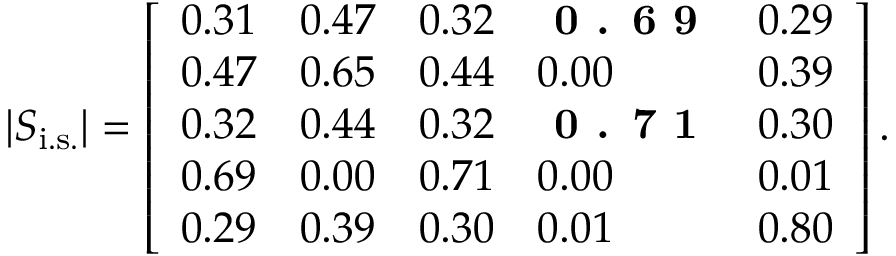
| S _ { \mathrm { i . s . } } | = \left[ \begin{array} { l l l l l } { { 0 . 3 1 } } & { { 0 . 4 7 } } & { { 0 . 3 2 } } & { \textbf { 0 . 6 9 } } & { { 0 . 2 9 } } \\ { { 0 . 4 7 } } & { { 0 . 6 5 } } & { { 0 . 4 4 } } & { { 0 . 0 0 } } & { { 0 . 3 9 } } \\ { { 0 . 3 2 } } & { { 0 . 4 4 } } & { { 0 . 3 2 } } & { \textbf { 0 . 7 1 } } & { { 0 . 3 0 } } \\ { { 0 . 6 9 } } & { { 0 . 0 0 } } & { { 0 . 7 1 } } & { { 0 . 0 0 } } & { { 0 . 0 1 } } \\ { { 0 . 2 9 } } & { { 0 . 3 9 } } & { { 0 . 3 0 } } & { { 0 . 0 1 } } & { { 0 . 8 0 } } \end{array} \right] .